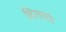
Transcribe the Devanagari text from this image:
हिलाये।